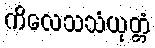
ကိလေသသံယုတ္တံ